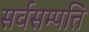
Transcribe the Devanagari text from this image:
सर्वसम्पत्ति